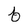
Character: b